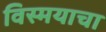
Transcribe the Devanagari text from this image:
विस्मयाचा